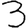
Digit: 3